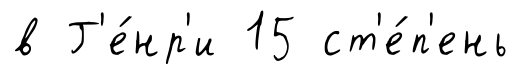
в Г'е́нр'и 15 ст'е́п'ень